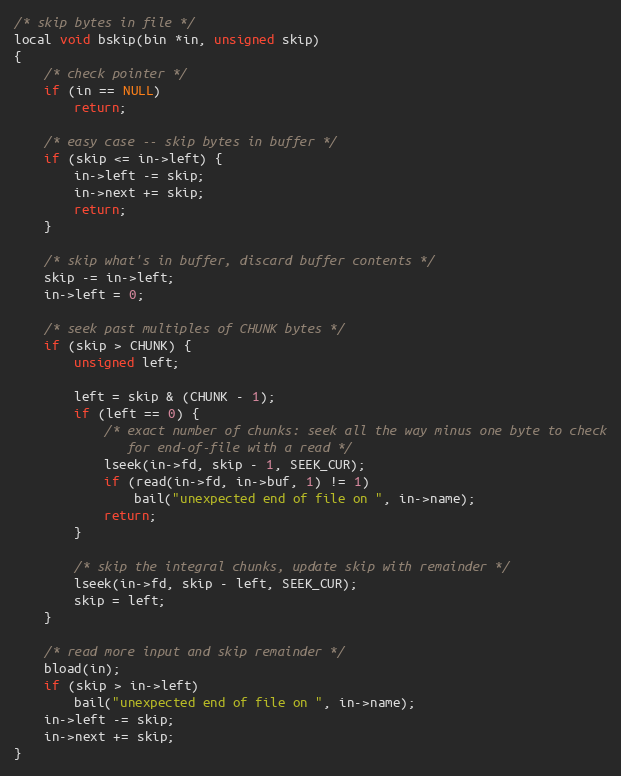
Language: C
/* skip bytes in file */
local void bskip(bin *in, unsigned skip)
{
    /* check pointer */
    if (in == NULL)
        return;

    /* easy case -- skip bytes in buffer */
    if (skip <= in->left) {
        in->left -= skip;
        in->next += skip;
        return;
    }

    /* skip what's in buffer, discard buffer contents */
    skip -= in->left;
    in->left = 0;

    /* seek past multiples of CHUNK bytes */
    if (skip > CHUNK) {
        unsigned left;

        left = skip & (CHUNK - 1);
        if (left == 0) {
            /* exact number of chunks: seek all the way minus one byte to check
               for end-of-file with a read */
            lseek(in->fd, skip - 1, SEEK_CUR);
            if (read(in->fd, in->buf, 1) != 1)
                bail("unexpected end of file on ", in->name);
            return;
        }

        /* skip the integral chunks, update skip with remainder */
        lseek(in->fd, skip - left, SEEK_CUR);
        skip = left;
    }

    /* read more input and skip remainder */
    bload(in);
    if (skip > in->left)
        bail("unexpected end of file on ", in->name);
    in->left -= skip;
    in->next += skip;
}